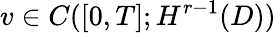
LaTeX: v\in C([0,T];H^{r-1}(D))